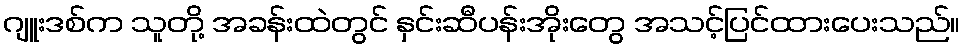
ဂျူးဒစ်က သူတို့ အခန်းထဲတွင် နှင်းဆီပန်းအိုးတွေ အသင့်ပြင်ထားပေးသည်။